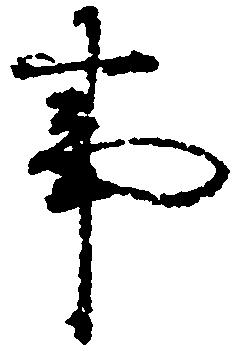
事